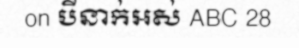
on បីនាក់អស់ ABC 28